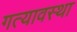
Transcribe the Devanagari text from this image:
गत्यावस्था